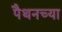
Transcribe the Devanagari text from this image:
पैथनच्या